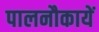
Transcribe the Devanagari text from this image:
पालनौकायें